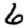
Digit: 6